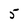
Character: 5